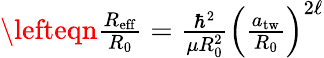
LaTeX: \begin{array}{rlr}{\lefteqn{\frac{R_{\mathrm{eff}}}{R_{0}}=\frac{\hbar^{2}}{\mu R_{0}^{2}}\left(\frac{a_{\mathrm{tw}}}{R_{0}}\right)^{2\ell}}}\end{array}